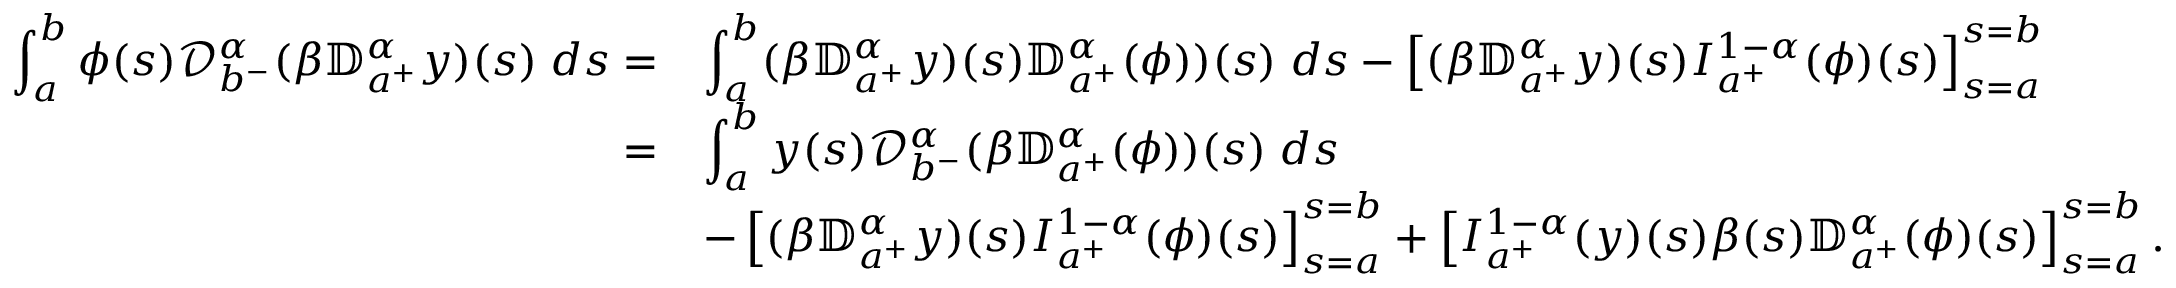
\begin{array} { r l } { \displaystyle \int _ { a } ^ { b } \phi ( s ) { \mathcal D } _ { b ^ { - } } ^ { \alpha } ( \beta { \mathbb D } _ { a ^ { + } } ^ { \alpha } y ) ( s ) \; d s = } & { \displaystyle \int _ { a } ^ { b } ( \beta { \mathbb D } _ { a ^ { + } } ^ { \alpha } y ) ( s ) { \mathbb D } _ { a ^ { + } } ^ { \alpha } ( \phi ) ) ( s ) \; d s - \left[ ( \beta { \mathbb D } _ { a ^ { + } } ^ { \alpha } y ) ( s ) I _ { a ^ { + } } ^ { 1 - \alpha } ( \phi ) ( s ) \right] _ { s = a } ^ { s = b } } \\ { = } & { \displaystyle \int _ { a } ^ { b } y ( s ) { \mathcal D } _ { b ^ { - } } ^ { \alpha } ( \beta { \mathbb D } _ { a ^ { + } } ^ { \alpha } ( \phi ) ) ( s ) \; d s } \\ & { - \left[ ( \beta { \mathbb D } _ { a ^ { + } } ^ { \alpha } y ) ( s ) I _ { a ^ { + } } ^ { 1 - \alpha } ( \phi ) ( s ) \right] _ { s = a } ^ { s = b } + \displaystyle \left[ I _ { a ^ { + } } ^ { 1 - \alpha } ( y ) ( s ) \beta ( s ) { \mathbb D } _ { a ^ { + } } ^ { \alpha } ( \phi ) ( s ) \right] _ { s = a } ^ { s = b } . } \end{array}